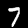
Label: 7